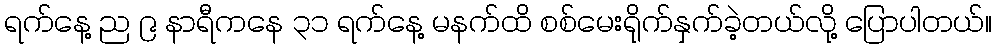
ရက်နေ့ ည ၉ နာရီကနေ ၃၁ ရက်နေ့ မနက်ထိ စစ်မေးရိုက်နှက်ခဲ့တယ်လို့ ပြောပါတယ်။